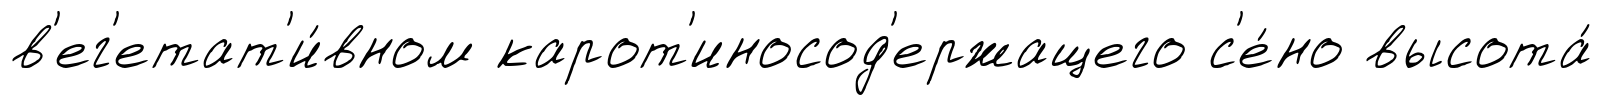
в'ег'етат'и́вном карот'иносод'ержащего с'е́но высота́